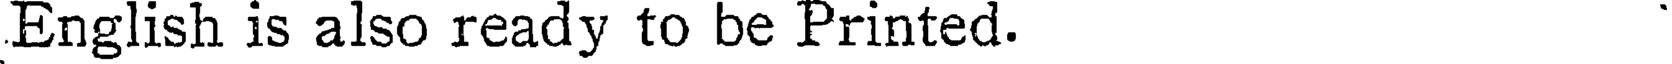
English is also ready to be Printed.